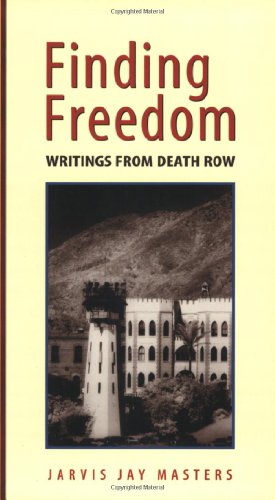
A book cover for Finding Freedom: Writings from Death Row; Jarvis Jay Masters; Literature & Fiction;